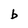
Character: b